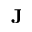
\textbf { J }